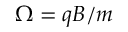
\Omega = q B / m